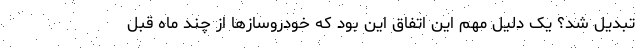
تبدیل شد؟ یک دلیل مهم این اتفاق این بود که خودروسازها از چند ماه قبل